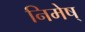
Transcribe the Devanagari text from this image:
निमेष्